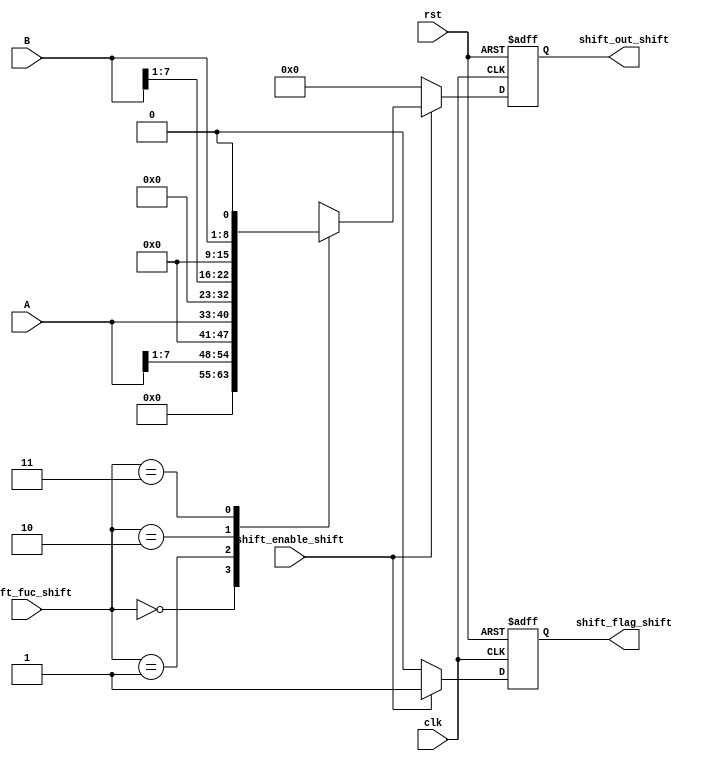
module shift_unit#(parameter input_width=8,output_width=16)(
  input wire [input_width-1:0] A,B,
  input wire [1:0] shift_fuc_shift,
  input wire clk,rst,shift_enable_shift,
  output reg [output_width-1:0] shift_out_shift,
  output reg shift_flag_shift
  );
always@(posedge clk or negedge rst)
    begin
      if(!rst)
        begin
          shift_out_shift<=0;
          shift_flag_shift<=1'b0;
        end
      else if(shift_enable_shift)
        begin
          shift_flag_shift<=1'b1;
          case(shift_fuc_shift)
            2'b00: begin
            shift_out_shift<= (A>>1);
          end
            2'b01: begin
            shift_out_shift<= (A<<1);
          end
            2'b10: begin
            shift_out_shift<=(B>>1);
          end
            2'b11: begin
            shift_out_shift<=(B<<1);
          end
          default: begin
            shift_out_shift<=0;
          end
          endcase
       end
     else
       begin
         shift_out_shift<=0;
         shift_flag_shift<=1'b0;
       end
     end

endmodule